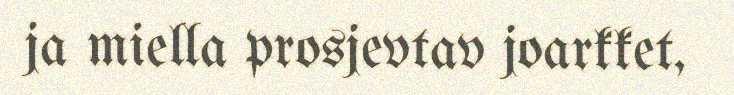
ja miella prosjevtav joarkket,